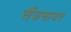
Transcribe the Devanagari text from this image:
सैंडमायर